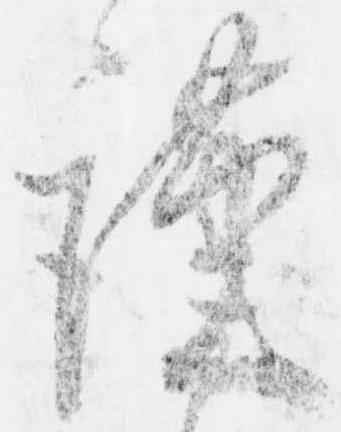
謹